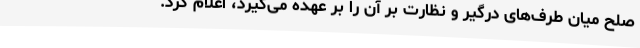
صلح میان طرف‌های درگیر و نظارت بر آن را بر عهده می‌گیرد، اعلام کرد.